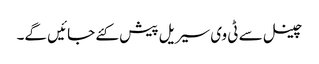
چینل سے ٹی وی سیریل پیش کئے جائیں گے۔